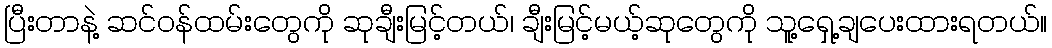
ပြီးတာနဲ့ ဆင်ဝန်ထမ်းတွေကို ဆုချီးမြင့်တယ်၊ ချီးမြင့်မယ့်ဆုတွေကို သူ့ရှေ့ချပေးထားရတယ်။